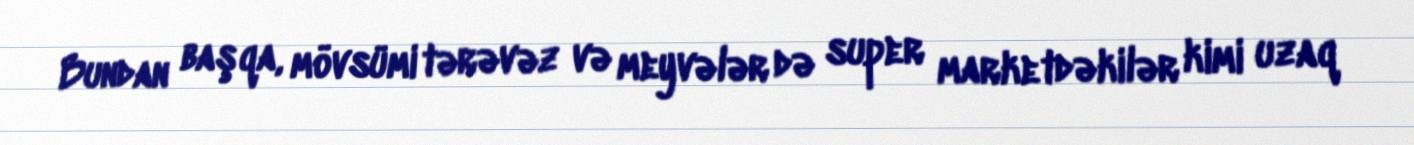
Bundan başqa, mövsümi tərəvəz və meyvələr də super marketdəkilər kimi uzaq